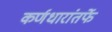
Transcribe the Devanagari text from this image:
कर्णधारांतर्फे